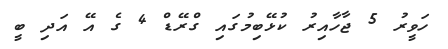
ހަވީރު 5 ޖާހާއިރު ކުޅޭބިމުގައި ގްރޭޑް 4 ގެ އޭ އަދި ބީ